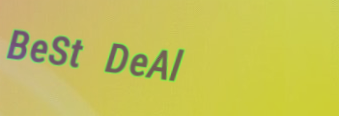
BeSt DeAl